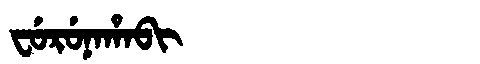
Manchu: ᠸᡠᡵᡠᠨᠠᡥᠠᠪᡳ
Romanization: FURUNAHABI